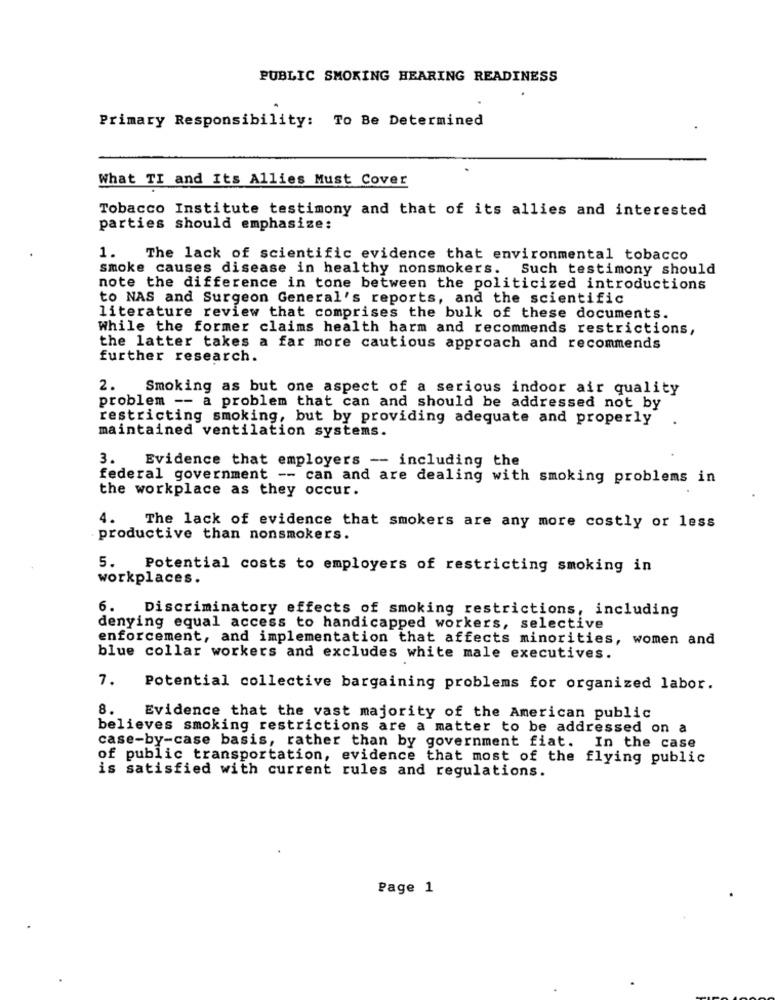
PUBLIC SMOKING HEARING READINESS
Primary Responsibility: To Be Determined
What TI and Its Allies Must Cover
Tobacco Institute testimony and that of its allies and interested
parties should emphasize:
1. The lack of scientific evidence that environmental tobacco
smoke causes disease in healthy nonsmokers. Such testimony should
note the difference in tone between the politicized introductions
to NAS and Surgeon General's reports, and the scientific
literature review that comprises the bulk of these documents.
While the former claims health harm and recommends restrictions,
the latter takes a far more cautious approach and recommends
further research.
2. Smoking as but one aspect of a serious indoor air quality
problem -- a problem that can and should be addressed not by
restricting smoking, but by providing adequate and properly
maintained ventilation systems.
3.
Evidence that employers -- including the
federal government -- can and are dealing with smoking problems in
the workplace as they occur.
4. The lack of evidence that smokers are any more costly or less
productive than nonsmokers.
5. Potential costs to employers of restricting smoking in
workplaces.
6. Discriminatory effects of smoking restrictions, including
denying equal access to handicapped workers, selective
enforcement, and implementation that affects minorities, women and
blue collar workers and excludes white male executives.
7.
Potential collective bargaining problems for organized labor.
8. Evidence that the vast majority of the American public
believes smoking restrictions are a matter to be addressed on a
case-by-case basis, rather than by government fiat. In the case
of public transportation, evidence that most of the flying public
is satisfied with current rules and regulations.
Page 1